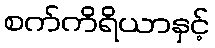
စက်ကိရိယာနှင့်